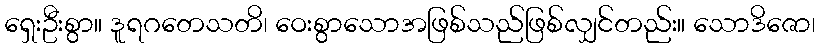
ရှေးဦးစွာ။ ဒူရဂတေသတိ၊ ဝေးစွာသောအဖြစ်သည်ဖြစ်လျှင်တည်း။ သောဒိဇော၊